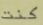
كنت